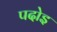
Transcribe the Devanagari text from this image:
पदोइ